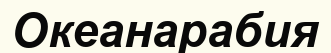
Океанарабия